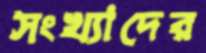
সংখ্যাদের